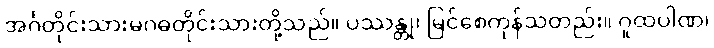
အင်္ဂတိုင်းသားမဂဓတိုင်းသားတို့သည်။ ပဿန္တု၊ မြင်စေကုန်သတည်း။ ဂူထပါဏ၊